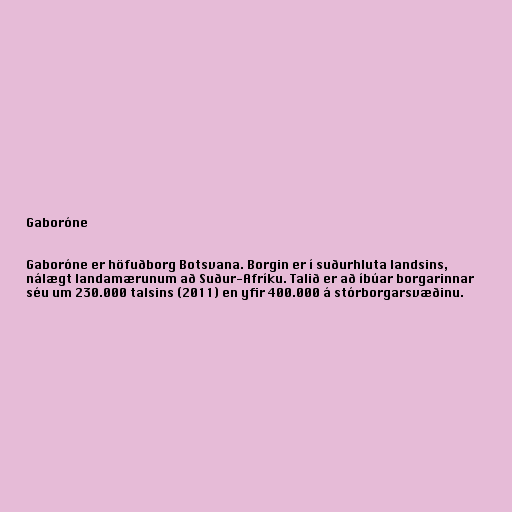
Gaboróne

Gaboróne er höfuðborg Botsvana. Borgin er í suðurhluta landsins,
nálægt landamærunum að Suður-Afríku. Talið er að íbúar borgarinnar
séu um 230.000 talsins (2011) en yfir 400.000 á stórborgarsvæðinu.